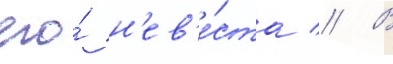
его́ н'ев'е́ста // В